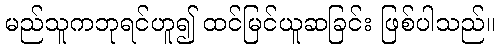
မည်သူကဘုရင်ဟူ၍ ထင်မြင်ယူဆခြင်း ဖြစ်ပါသည်။